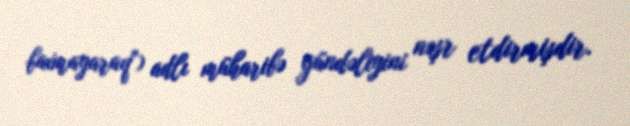
baxmayaraq") adlı müharibə gündəliyini nəşr etdirmişdir.